Report on the Nagpur School of Medicine, Central Provinces
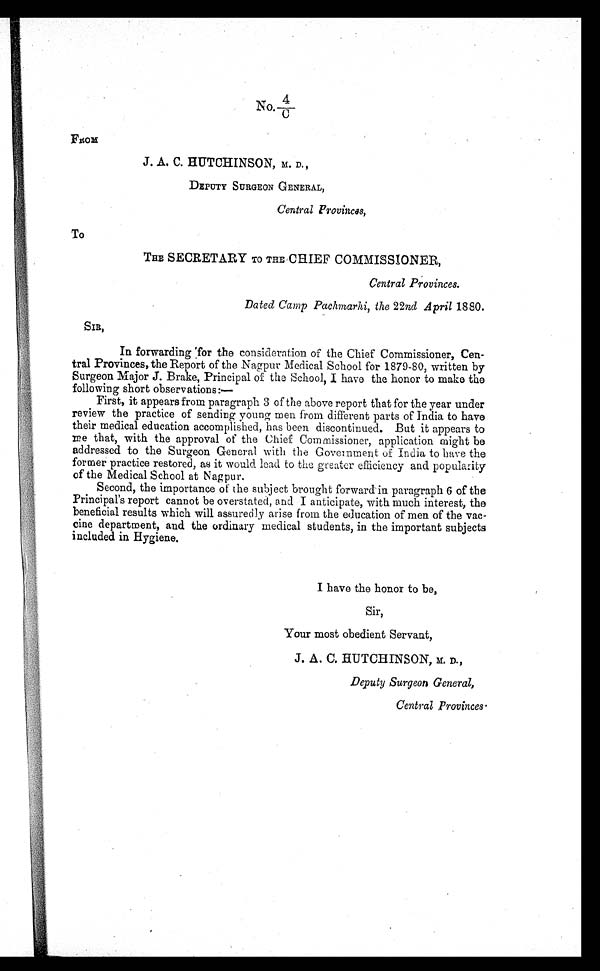
No.
4
—C
FROM
J. A. C. HUTCHINSON, M. D.,
DEPUTY SURGEON GENERAL,
Central Provinces,
To
THE SECRETARY TO THE CHIEF COMMISSIONER,
Central Provinces.
Dated Camp Pachmarhi, the 22nd April 1880.
SIR,
In forwarding for the consideration of the Chief Commissioner, Cen-
tral Provinces, the Report of the Nagpur Medical School for 1879-80, written by
Surgeon Major J. Brake, Principal of the School, I have the honor to make the
following short observations:—
First, it appears from paragraph 3 of the above report that for the year under
review the practice of sending young men from different parts of India to have
their medical education accomplished, has been discontinued. But it appears to
me that, with the approval of the Chief Commissioner, application might be
addressed to the Surgeon General with the Government of India to have the
former practice restored, as it would load to the greater efficiency and popularity
of the Medical School at Nagpur.
Second, the importance of the subject brought forward in paragraph 6 of the
Principal's report cannot be overstated, and I anticipate, with much interest, the
beneficial results which will assuredly arise from the education of men of the vac-
cine department, and the ordinary medical students, in the important subjects
included in Hygiene.
I have the honor to be,
Sir,
Your most obedient Servant,
J. A. C. HUTCHINSON, M. D.,
Deputy Surgeon General,
Central Provinces